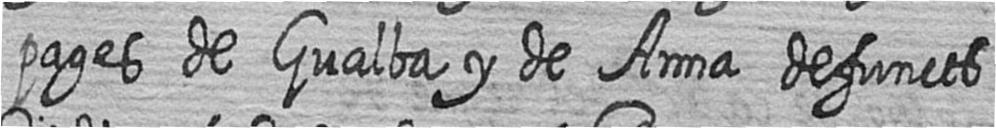
pages de Gualba y de Anna defuncts